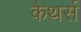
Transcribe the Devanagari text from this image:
कैथर्स